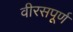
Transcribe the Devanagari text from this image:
वीरसपूर्ण